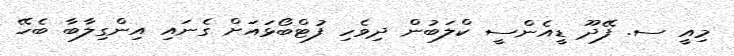
މިއީ ސ. ފޭދޫ ޑީއެންސީ ކްލަބުން ދިވެހި ފުޓްބޯޅައަށް ގެނައި އިންގިލާބާ ބެހޭ